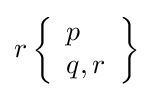
r\left\{{\begin{array}{l}p\\q,r\end{array}}\right\}